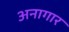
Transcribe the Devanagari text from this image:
अनागार